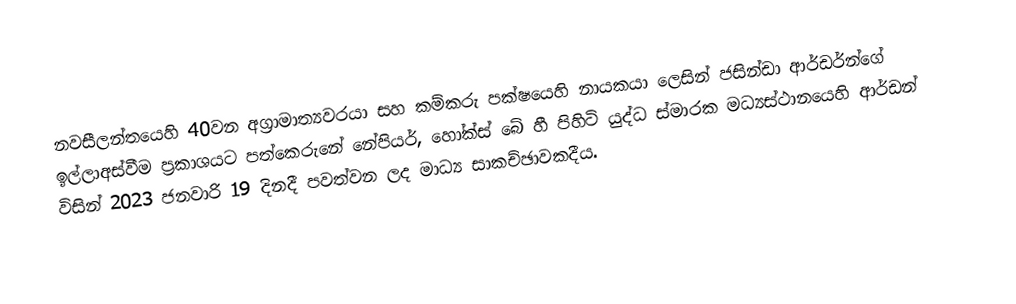
නවසීලන්තයෙහි 40වන අග්‍රාමාත්‍යවරයා සහ කම්කරු පක්ෂයෙහි නායකයා ලෙසින්  ජසින්ඩා ආර්ඩර්න්ගේ ඉල්ලාඅස්වීම  ප්‍රකාශයට පත්කෙරුනේ නේපියර්, හෝක්ස් බේ හී පිහිටි යුද්ධ ස්මාරක මධ්‍යස්ථානයෙහි ආර්ඩන් විසින් 2023 ජනවාරි 19 දිනදී පවත්වන ලද මාධ්‍ය සාකච්ඡාවකදීය.